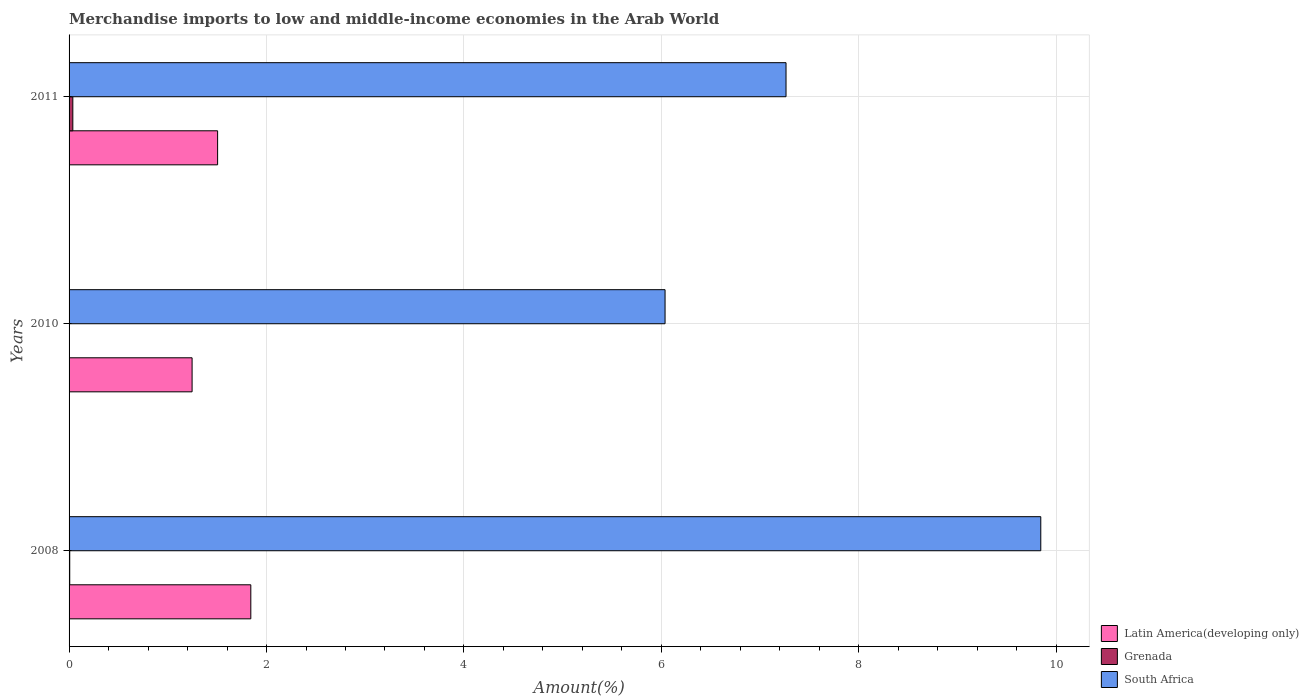
| Years | Latin America(developing only) | Grenada | South Africa |
 | --- | --- | --- | --- |
 | 2008 | 1.84 | 0.00671 | 9.84 |
 | 2010 | 1.25 | 6.59e-05 | 6.04 |
 | 2011 | 1.5 | 0.038 | 7.26 |